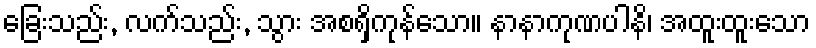
ခြေးသည်း, လက်သည်း, သွား အစရှိကုန်သော။ နာနာကုဏပါနိ၊ အထူးထူးသော